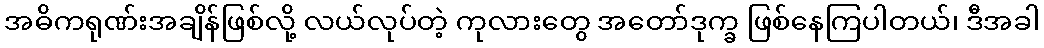
အဓိကရုဏ်းအချိန်ဖြစ်လို့ လယ်လုပ်တဲ့ ကုလားတွေ အတော်ဒုက္ခ ဖြစ်နေကြပါတယ်၊ ဒီအခါ